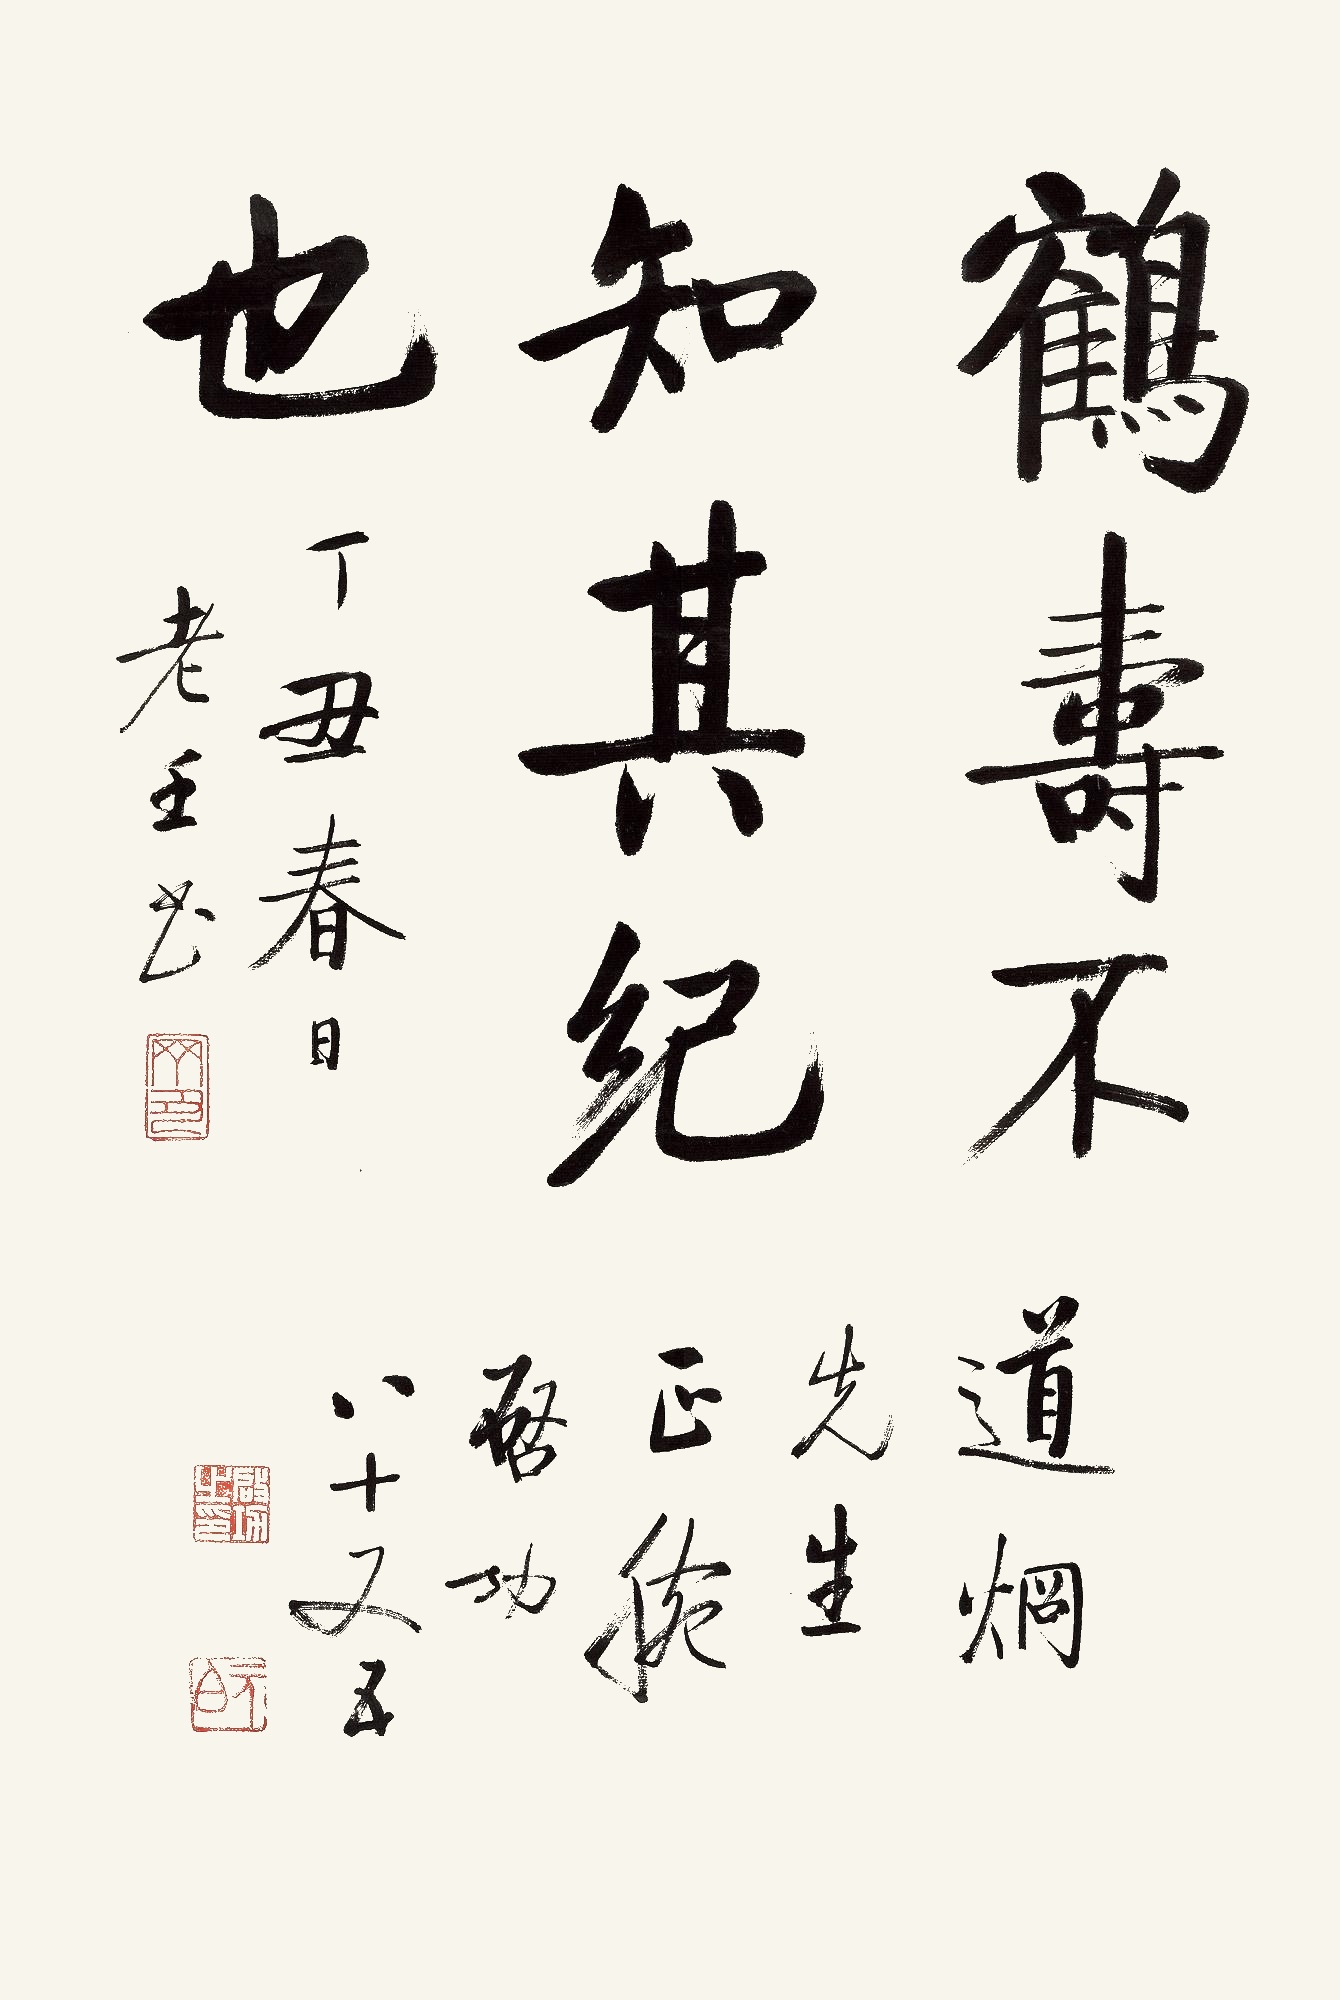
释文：鹤寿不知其纪也。道炯先生正腕。启功八十又五。丁丑春日老壬书。